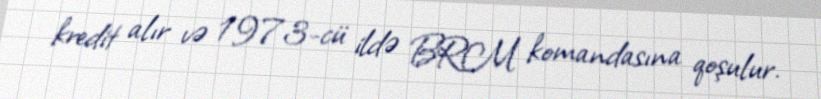
kredit alır və 1973-cü ildə BRM komandasına qoşulur.